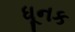
ધૂનક